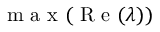
\mathrm { ~ m ~ a ~ x ~ } ( \mathrm { ~ R ~ e ~ } ( \lambda ) )